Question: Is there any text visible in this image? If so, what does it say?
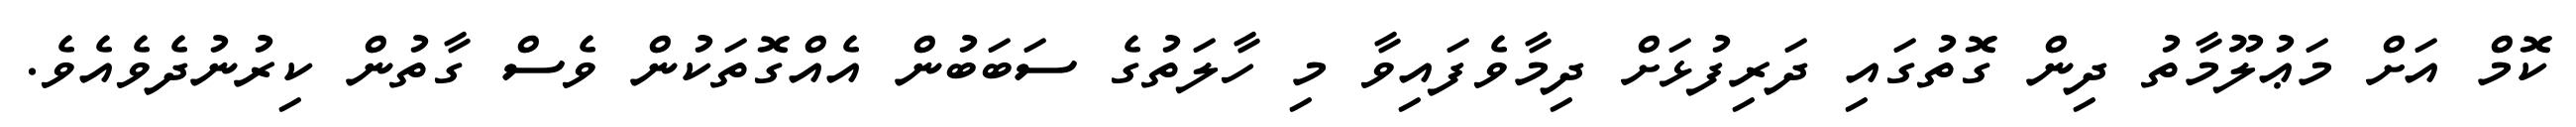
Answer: ކޮމް އަށް މަޢުލޫމާތު ދިން ގޮތުގައި ދަރިފުޅަށް ދިމާވެފައިވާ މި ހާލަތުގެ ސަބަބުން އެއްގޮތަކުން ވެސް ގާތުން ކިރުނުދެވެއެވެ.